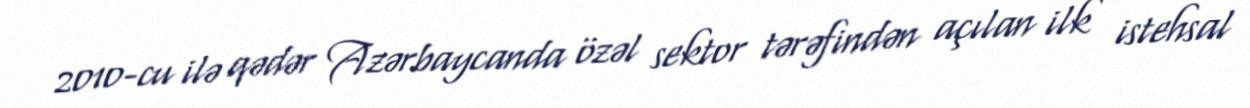
2010-cu ilə qədər Azərbaycanda özəl sektor tərəfindən açılan ilk istehsal